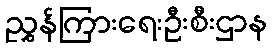
ညွှန်ကြားရေးဦးစီးဌာန